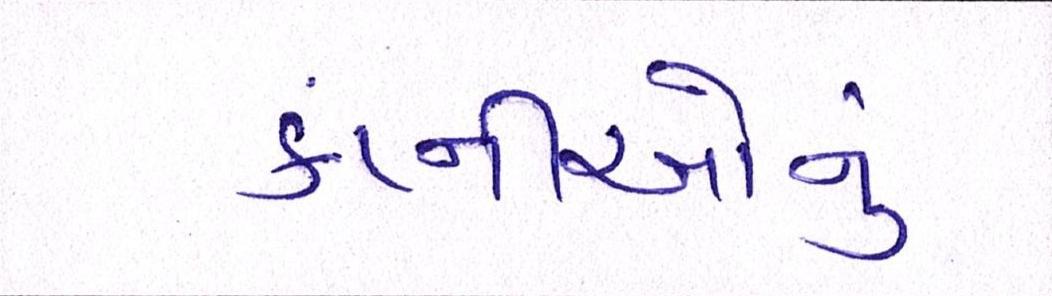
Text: કંપ્નીઓનું